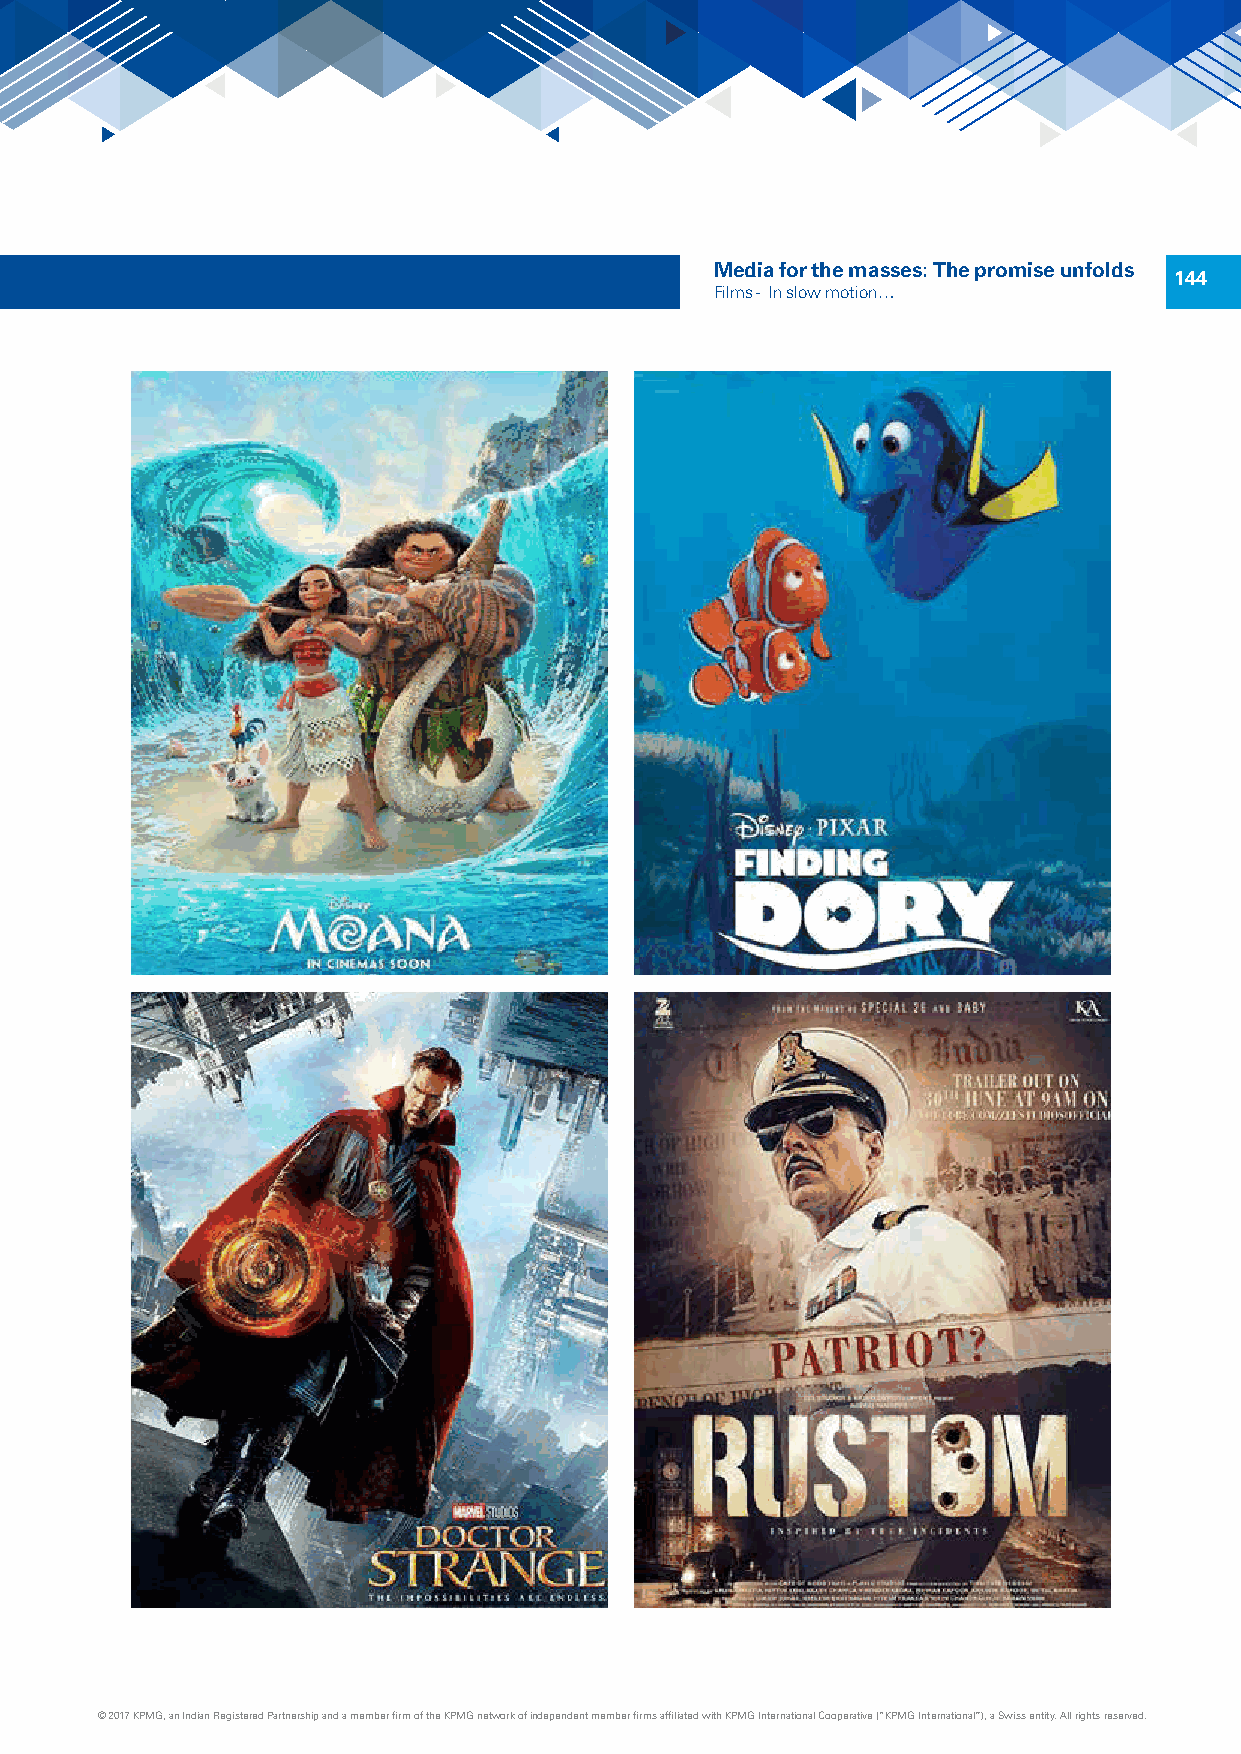
Media for the masses: The promise unfolds
 144
 Films - In slow motion…
 © 2017 KPMG, an Indian Registered Partnership and a member firm of the KPMG network of independent member firms affiliated with KPMG International Cooperative (“KPMG International”), a Swiss entity. All rights reserved.